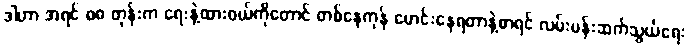
ဒါဟာ အရင် ၈၈ တုန်းက ရေးနဲ့ထားဝယ်ကိုတောင် တစ်နေကုန် မောင်းနေရတာနဲ့စာရင် လမ်းပန်းဆက်သွယ်ရေး